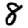
Digit: 8